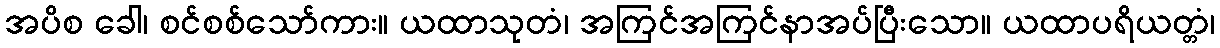
အပိစ ခေါ၊ စင်စစ်သော်ကား။ ယထာသုတံ၊ အကြင်အကြင်နာအပ်ပြီးသော။ ယထာပရိယတ္တံ၊